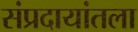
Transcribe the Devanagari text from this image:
संप्रदायांतला